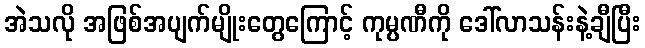
အဲသလို အဖြစ်အပျက်မျိုးတွေကြောင့် ကုမ္ပဏီကို ဒေါ်လာသန်းနဲ့ချီပြီး